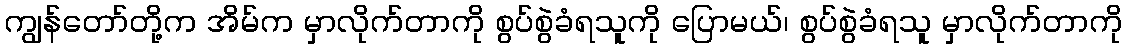
ကျွန်တော်တို့က အိမ်က မှာလိုက်တာကို စွပ်စွဲခံရသူကို ပြောမယ်၊ စွပ်စွဲခံရသူ မှာလိုက်တာကို